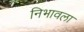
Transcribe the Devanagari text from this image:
निभावला